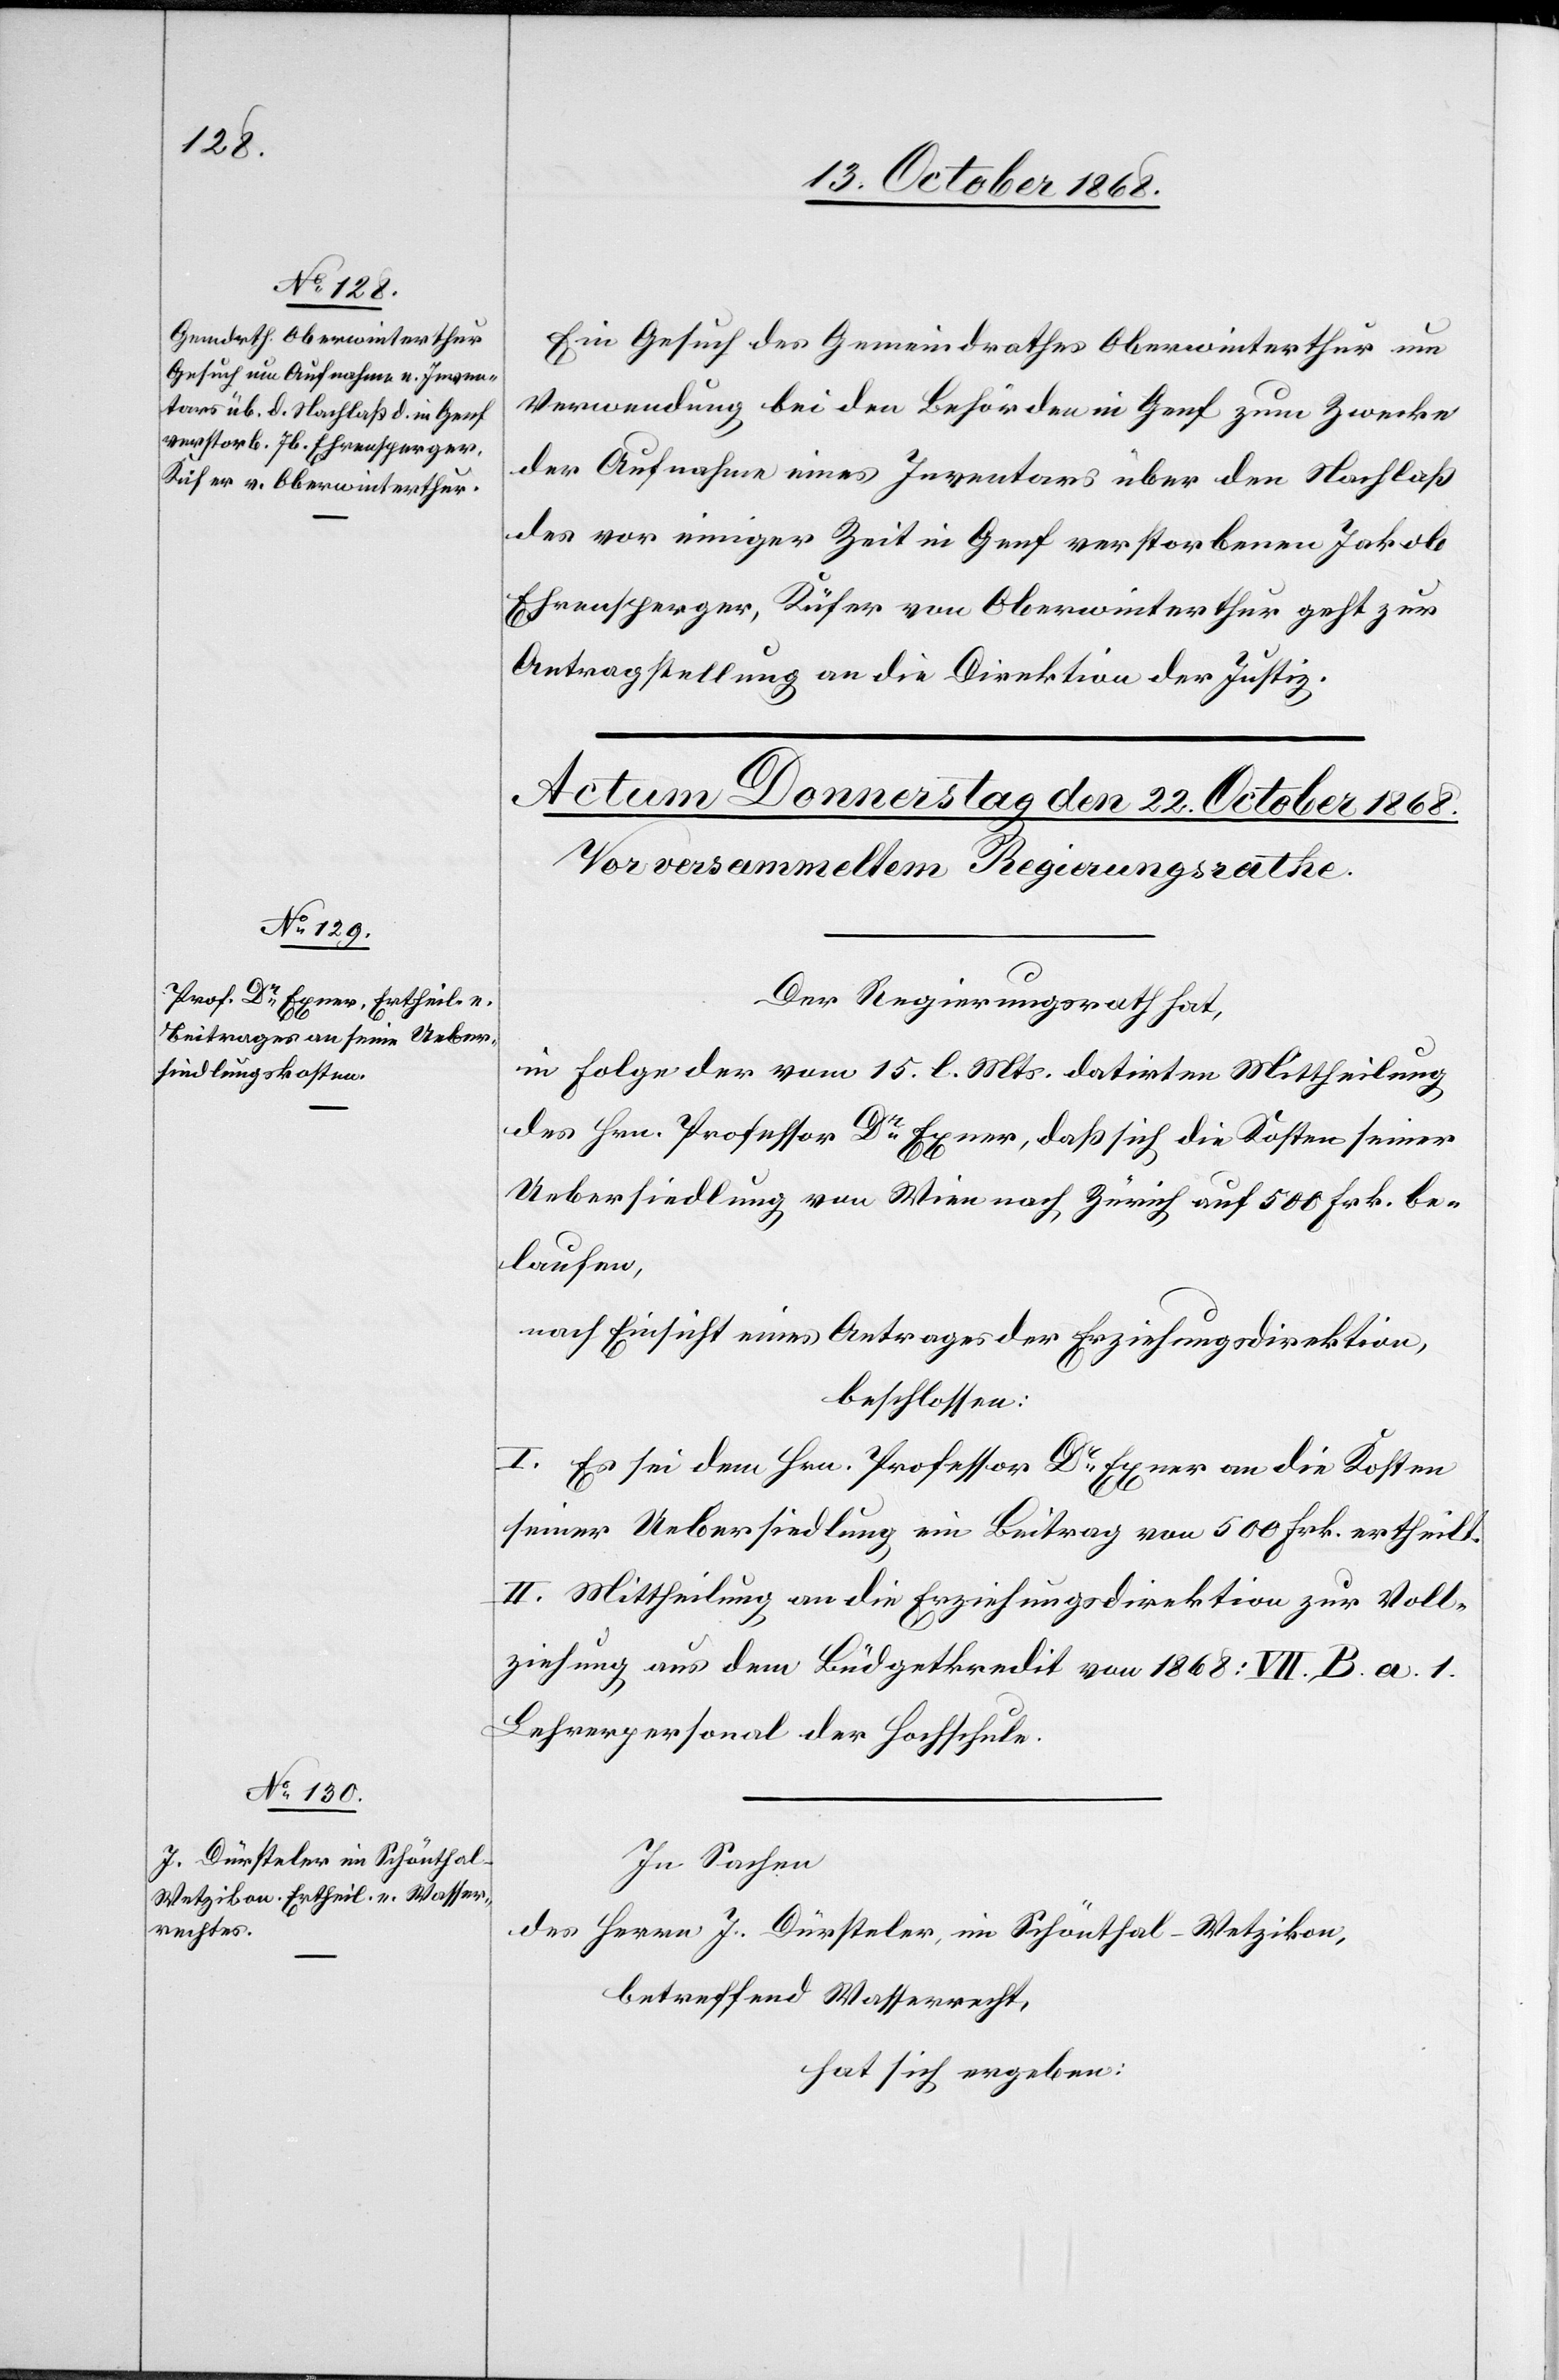
Ein Gesuch des Gemeindrathes Oberwinterthur um
Verwendung bei den Behörden in Genf zum Zwecke
der Aufnahme eines Inventars über den Nachlaß
des vor einiger Zeit in Genf verstorbenen Jakob
Ehrensperger, Küfer von Oberwinterthur geht zur
Antragstellung an die Direktion der Justiz.
Der Regierungsrath hat,
in Folge der vom 15. l. Mts. datirten Mittheilung
des Hrn. Professor Dr Exner, daß sich die Kosten seiner
Uebersiedlung von Wien nach Zürich auf 500 Frk. be¬
laufen,
nach Einsicht eines Antrages der Erziehungsdirektion,
beschlossen:
I. Es sei dem Hrn. Professor Dr Exner an die Kosten
seiner Uebersiedlung ein Beitrag von 500 Frk. ertheilt.
II. Mittheilung an die Erziehungsdirektion zur Voll¬
ziehung aus dem Büdgetkredit von 1868: VII. B. a. 1.
Lehrerpersonal der Hochschule.
In Sachen
des Herrn J. Dürsteler, im Schönthal - Wetzikon,
betreffend Wasserrecht,
hat sich ergeben: